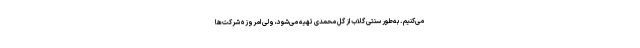
می‌کنیم . به‌طور سنتی گلاب از گل محمدی تهیه می‌شود، ولی امروزه شرکت‌ها